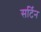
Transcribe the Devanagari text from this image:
सर्टिन